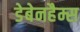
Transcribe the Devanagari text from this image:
डेबेनहैम्स